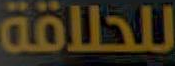
للحلاقة